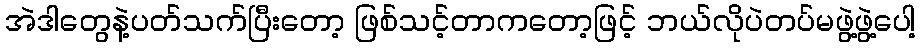
အဲဒါတွေနဲ့ပတ်သက်ပြီးတော့ ဖြစ်သင့်တာကတော့ဖြင့် ဘယ်လိုပဲတပ်မဖွဲ့ဖွဲ့ပေါ့